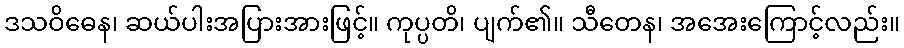
ဒသဝိဓေန၊ ဆယ်ပါးအပြားအားဖြင့်။ ကုပ္ပတိ၊ ပျက်၏။ သီတေန၊ အအေးကြောင့်လည်း။